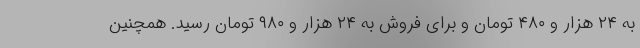
به ۲۴ هزار و ۴۸۰ تومان و برای فروش به ۲۴ هزار و ۹۸۰ تومان رسید. همچنین